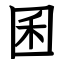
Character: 囷